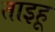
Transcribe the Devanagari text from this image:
ताइहू